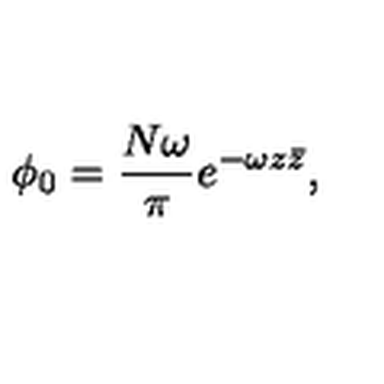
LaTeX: \phi _ { 0 } = { \frac { N \omega } { \pi } } e ^ { - \omega z \bar { z } } ,